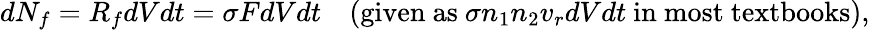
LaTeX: dN_{f}=R_{f}dVdt=\sigma FdVdt\quad({\mathrm{given~as~}}\sigma n_{1}n_{2}v_{r}dVdt{\mathrm{~in~most~textbooks}}),